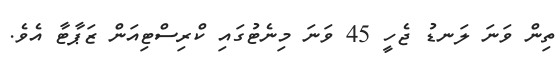
ތިން ވަނަ ލަނޑު ޖެހީ 45 ވަނަ މިނެޓުގައި ކްރިސްޓިއަން ޒަޕާޓާ އެވެ.